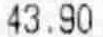
43.90